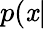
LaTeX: p(\mathit{x}|